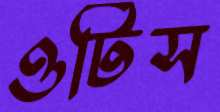
ওটিস